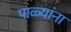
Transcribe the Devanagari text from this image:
पाळ्यांना